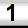
Digit: 1